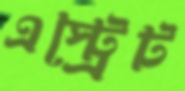
এস্ট্রেট